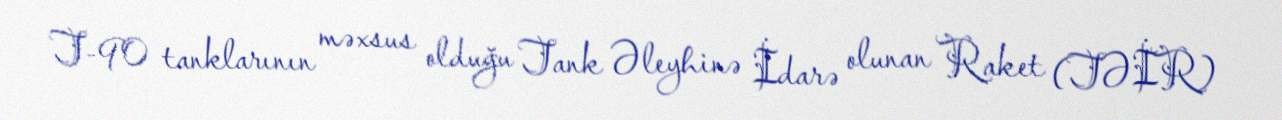
T-90 tanklarının məxsus olduğu Tank Əleyhinə İdarə olunan Raket (TƏİR)